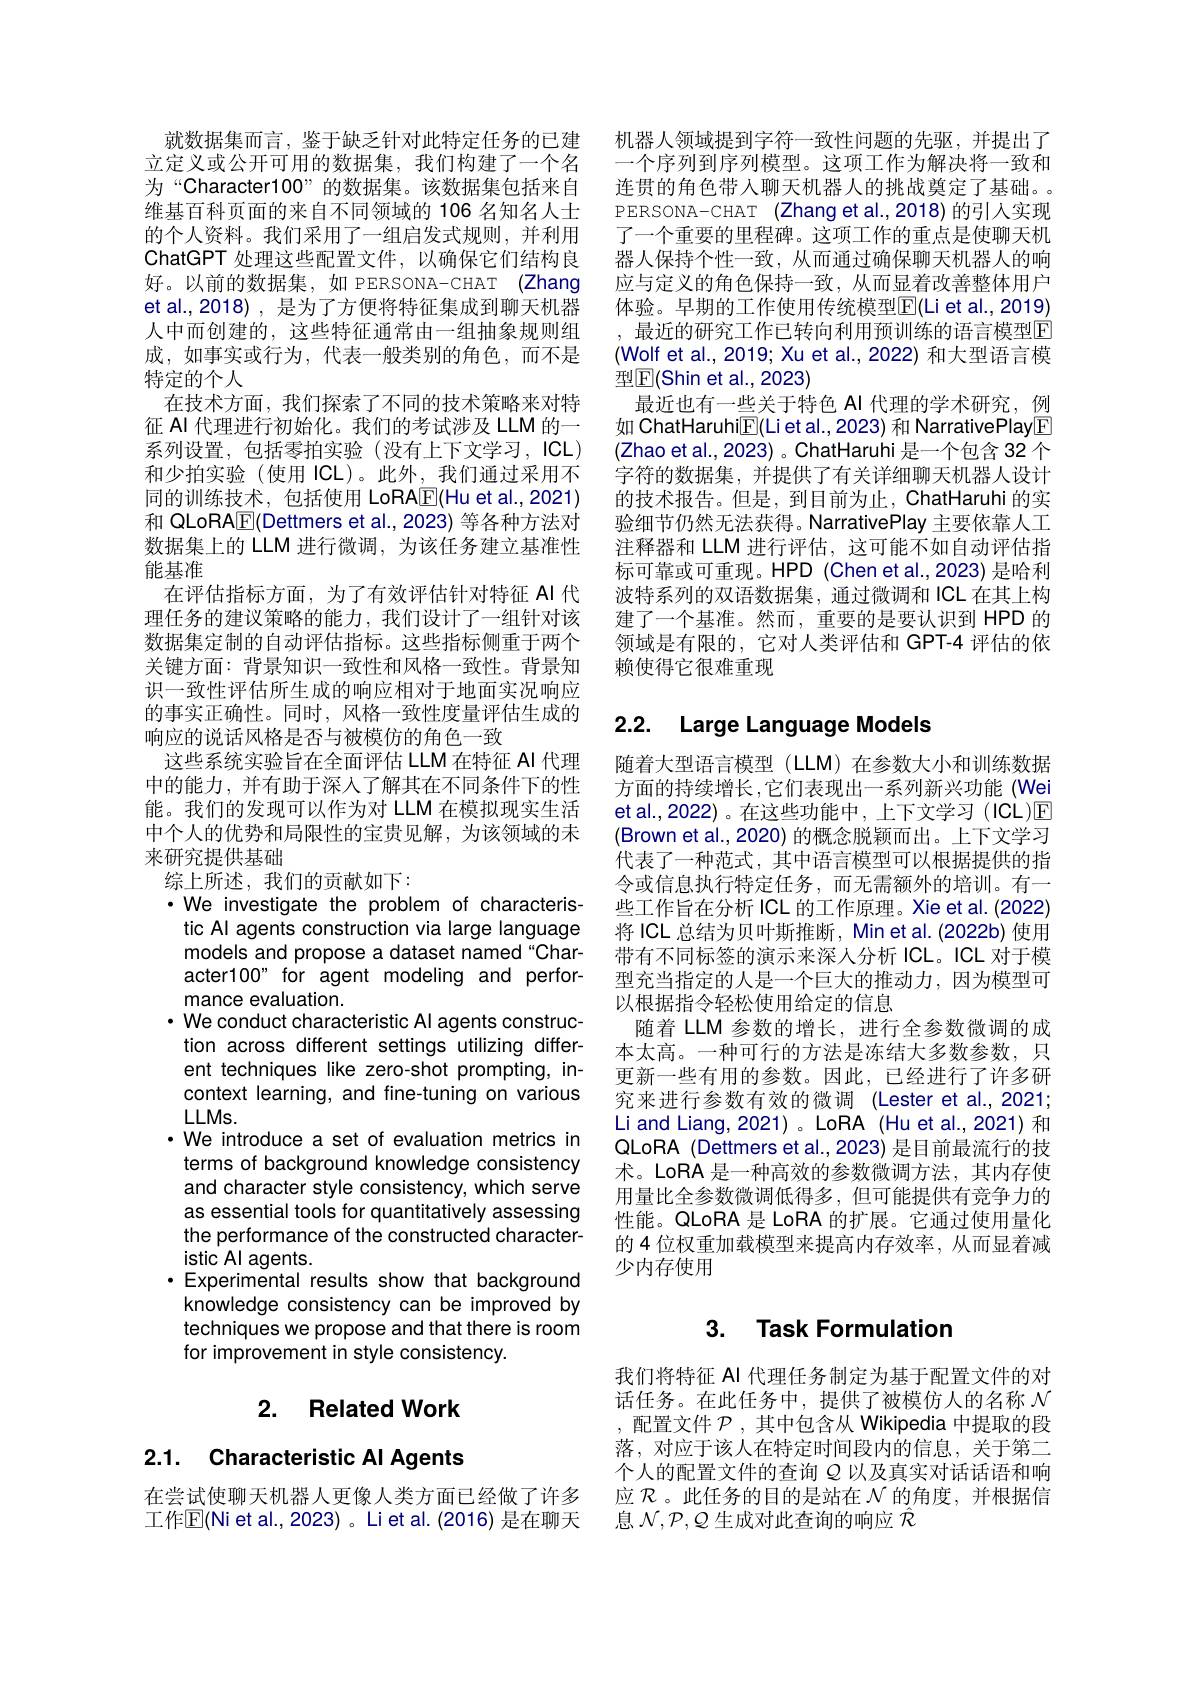
就数据集而言，鉴于缺乏针对此特定任务的已建立定义或公开可用的数据集，我们构建了一个名为“Character100”的数据集。该数据集包括来自维基百科页面的来自不同领域的 106 名知名人士的个人资料。我们采用了一组启发式规则，并利用ChatGPT 处理这些配置文件，以确保它们结构良好。以前的数据集，如 PERSONA-CHAT (Zhang et al.,2018),是为了方便将特征集成到聊天机器人中而创建的，这些特征通常由一组抽象规则组成，如事实或行为，代表一般类别的角色，而不是特定的个人
在技术方面，我们探索了不同的技术策略来对特征 AI 代理进行初始化。我们的考试涉及 LLM 的一系列设置，包括零拍实验(没有上下文学习，ICL) 和少拍实验(使用 ICL)。此外，我们通过采用不同的训练技术，包括使用 LoRA$\overline{\mathbb{F}}($Hu et al.,2021) 和 QLoRA$\boxed{\mathrm{F}}($Dettmers et al.,2023) 等各种方法对数据集上的 LLM 进行微调，为该任务建立基准性能基准
在评估指标方面，为了有效评估针对特征 Al 代理任务的建议策略的能力，我们设计了一组针对该数据集定制的自动评估指标。这些指标侧重于两个关键方面：背景知识一致性和风格一致性。背景知识一致性评估所生成的响应相对于地面实况响应的事实正确性。同时，风格一致性度量评估生成的响应的说话风格是否与被模仿的角色一致
这些系统实验旨在全面评估 LLM 在特征 AI 代理中的能力，并有助于深人了解其在不同条件下的性能。我们的发现可以作为对 LLM 在模拟现实生活中个人的优势和局限性的宝贵见解，为该领域的未来研究提供基础
综上所述，我们的贡献如下：
·We investigate the problem of characteristic Al agents construction via large language models and propose a dataset named "Character100" for agent modeling and performance evaluation.
· We conduct characteristic Al agents construction across different settings utilizing different techniques like zero-shot prompting, incontext learning, and fine-tuning on various $LLMs.$
·We introduce a set of evaluation metrics in terms of background knowledge consistency and character style consistency, which serve as essential tools for quantitatively assessing the performance of the constructed characteristic Al agents.
$\cdot$Experimental results show that background knowledge consistency can be improved by techniques we propose and that there is room for improvement in style consistency.

## 2. Related Work

# 2.1. Characteristic Al Agents

在尝试使聊天机器人更像人类方面已经做了许多工作$\mathbb{E}($Ni et al., 2023)。Li et al.(2016) 是在聊天

机器人领域提到字符一致性问题的先驱，并提出了一个序列到序列模型。这项工作为解决将一致和连贯的角色带人聊天机器人的挑战奠定了基础。PERSONA-CHAT (Zhang et al.,2018) 的引入实现了一个重要的里程碑。这项工作的重点是使聊天机器人保持个性一致，从而通过确保聊天机器人的响应与定义的角色保持一致，从而显着改善整体用户体验。早期的工作使用传统模型$\mathbb{E}($Li et al.,2019) , 最近的研究工作已转向利用预训练的语言模型$\overline{\mathrm{F}}$ (Wolf et al., 2019; Xu et al., 2022) 和大型语言模型$\mathbb{E}($Shin et al.,2023)
最近也有一些关于特色 AI 代理的学术研究，例如 ChatHaruhi$\underline{\mathbb{F}}($Li et al., 2023) 和 NarrativePlay$\underline{\mathbb{F}}$ (Zhao et al., 2023) 。ChatHaruhi 是一个包含 32 个字符的数据集，并提供了有关详细聊天机器人设计的技术报告。但是，到目前为止，ChatHaruhi 的实验细节仍然无法获得。NarrativePlay 主要依靠人工注释器和 LLM 进行评估，这可能不如自动评估指标可靠或可重现。HPD (Chen et al.,2023) 是哈利波特系列的双语数据集，通过微调和 ICL 在其上构建了一个基准。然而，重要的是要认识到 HPD 的领域是有限的，它对人类评估和 GPT-4 评估的依赖使得它很难重现

# 2.2. Large Language Models

随着大型语言模型(LLM)在参数大小和训练数据方面的持续增长，它们表现出一系列新兴功能(Wei et al.,2022) 。在这些功能中，上下文学习 (ICL)$\mathbb{E}$ (Brown et al., 2020) 的概念脱颖而出。上下文学习代表了一种范式，其中语言模型可以根据提供的指令或信息执行特定任务，而无需额外的培训。有一些工作旨在分析 ICL 的工作原理。Xie et al. (2022) 将ICL 总结为贝叶斯推断，Min et al.(2022b) 使用带有不同标签的演示来深人分析 ICL。ICL 对于模型充当指定的人是一个巨大的推动力，因为模型可以根据指令轻松使用给定的信息
随着 LLM 参数的增长，进行全参数微调的成本太高。一种可行的方法是冻结大多数参数，只更新一些有用的参数。因此，已经进行了许多研究来进行参数有效的微调 (Lester et al.,2021; Li and Liang, 2021) 。LoRA (Hu et al., 2021) 和QLoRA (Dettmers et al.,2023) 是目前最流行的技术。LoRA 是一种高效的参数微调方法，其内存使用量比全参数微调低得多，但可能提供有竞争力的性能。QLoRA 是 LoRA 的扩展。它通过使用量化的 4 位权重加载模型来提高内存效率，从而显着减少内存使用

# 3. Task Formulation

我们将特征 AI 代理任务制定为基于配置文件的对话任务。在此任务中，提供了被模仿人的名称$\mathcal{N}$ , 配置文件$\mathcal{P}$ ,其中包含从 Wikipedia 中提取的段落，对应于该人在特定时间段内的信息，关于第二个人的配置文件的查询$\varrho$以及真实对话话语和响应$\mathcal{R}$。此任务的目的是站在$\mathcal{N}$的角度，并根据信息$\mathcal{N},\mathcal{P},\mathcal{Q}$生成对此查询的响应$\hat{\mathcal{R}}$